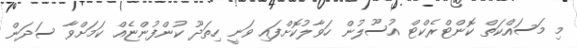
މި މަސައްކަތް ކޮންޓްރެކްޓް އުސޫލުން ހަވާލުކޮށްފައި ވަނީ ހިތަދޫ ކުންފުންޏެއް ކަމަށްވާ ސަދަން